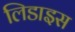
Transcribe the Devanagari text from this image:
लिडाइस